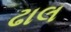
ઢાલ